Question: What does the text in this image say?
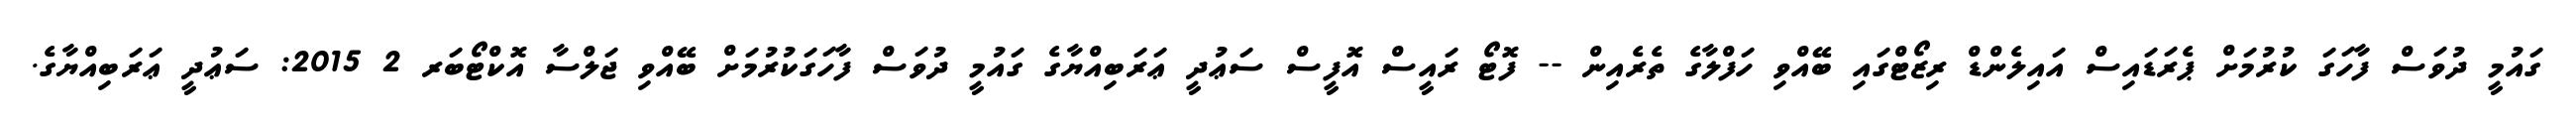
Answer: ގައުމީ ދުވަސް ފާހަގަ ކުރުމަށް ޕެރަޑައިސް އައިލެންޑް ރިޒޯޓްގައި ބޭއްވި ހަފްލާގެ ތެރެއިން -- ފޮޓޯ ރައީސް އޮފީސް ސަޢުދީ ޢަރަބިއްޔާގެ ގައުމީ ދުވަސް ފާހަގަކުރުމަށް ބޭއްވި ޖަލްސާ އޮކްޓޯބަރ 2 2015: ސަޢުދީ ޢަރަބިއްޔާގެ.